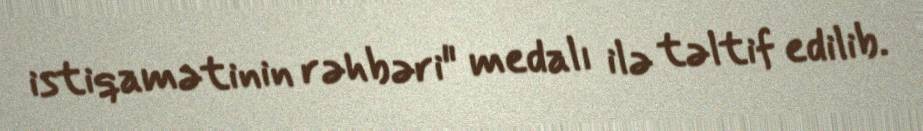
istiqamətinin rəhbəri" medalı ilə təltif edilib.